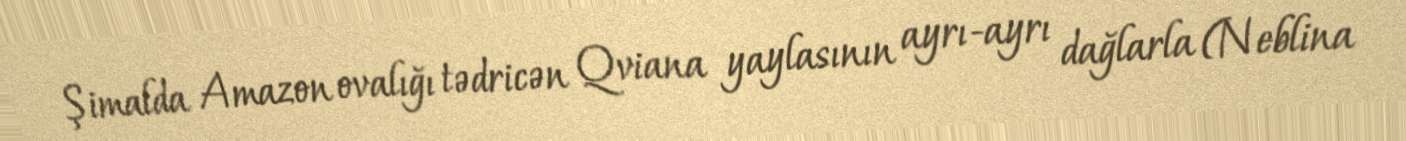
Şimalda Amazon ovalığı tədricən Qviana yaylasının ayrı-ayrı dağlarla (Neblina